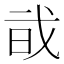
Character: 𢦱